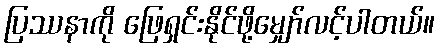
ပြဿနာကို ဖြေရှင်းနိုင်ဖို့မျှော်လင့်ပါတယ်။